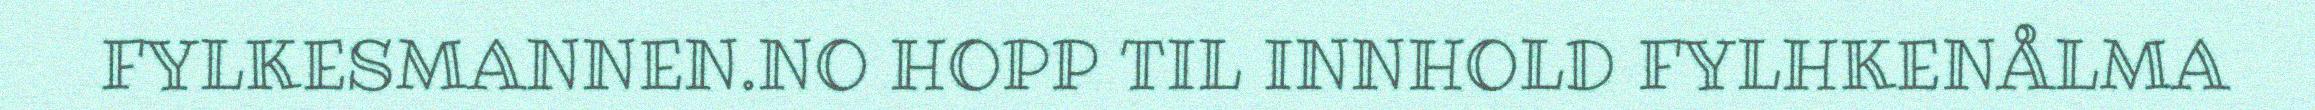
FYLKESMANNEN.NO HOPP TIL INNHOLD FYLHKENÅLMA